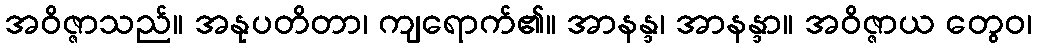
အဝိဇ္ဇာသည်။ အနုပတိတာ၊ ကျရောက်၏။ အာနန္ဒ၊ အာနန္ဒာ။ အဝိဇ္ဇာယ တွေဝ၊